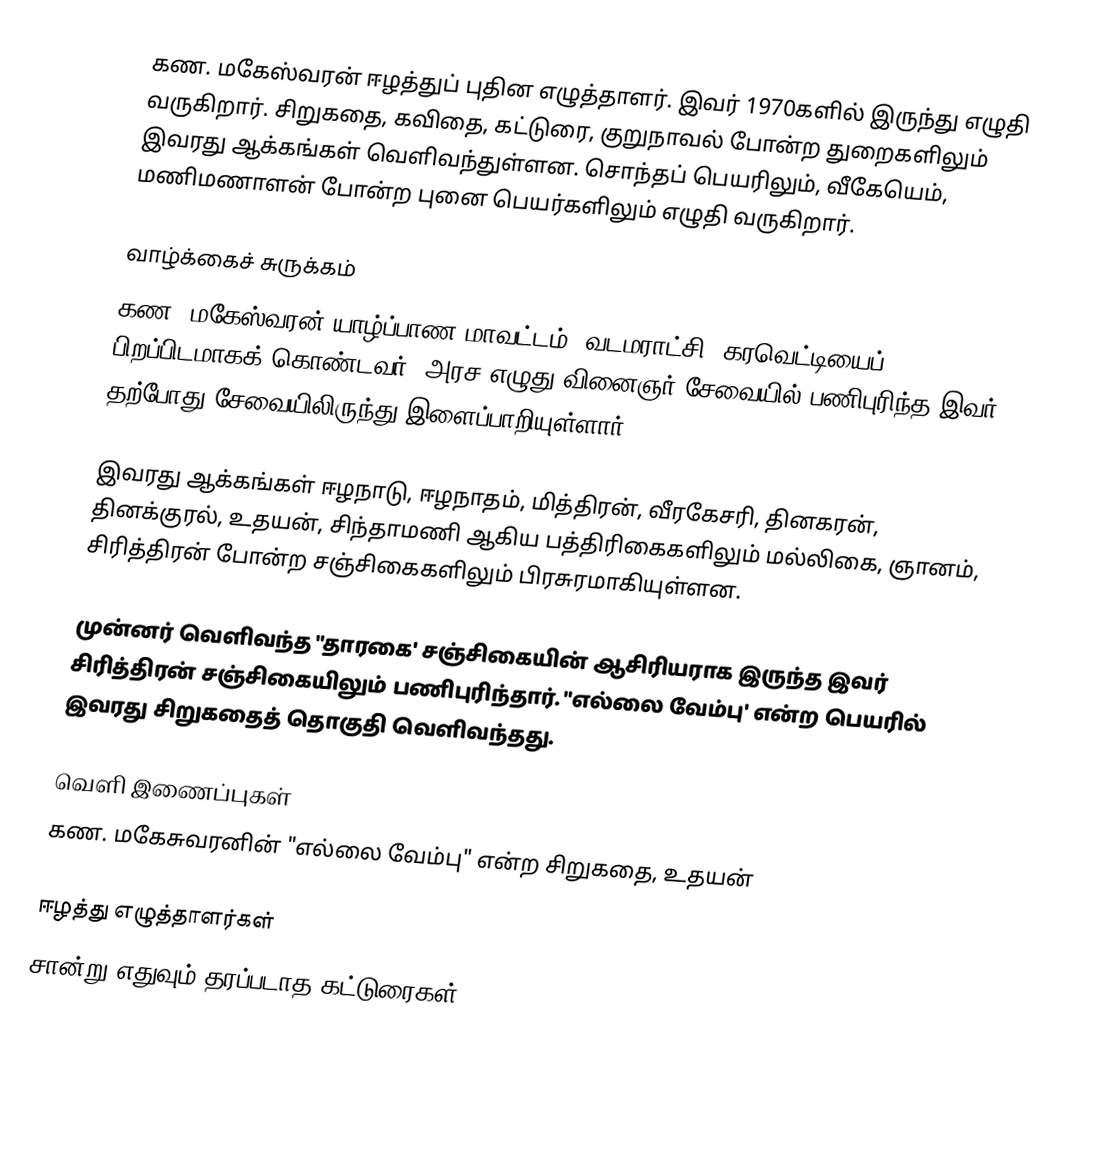
கண. மகேஸ்வரன் ஈழத்துப் புதின எழுத்தாளர். இவர் 1970களில் இருந்து எழுதி வருகிறார். சிறுகதை, கவிதை, கட்டுரை, குறுநாவல் போன்ற துறைகளிலும் இவரது ஆக்கங்கள் வெளிவந்துள்ளன. சொந்தப் பெயரிலும், வீகேயெம், மணிமணாளன் போன்ற புனை பெயர்களிலும் எழுதி வருகிறார்.

வாழ்க்கைச் சுருக்கம்
கண. மகேஸ்வரன் யாழ்ப்பாண மாவட்டம், வடமராட்சி, கரவெட்டியைப் பிறப்பிடமாகக் கொண்டவர். அரச எழுது வினைஞர் சேவையில் பணிபுரிந்த இவர் தற்போது சேவையிலிருந்து இளைப்பாறியுள்ளார்.

இவரது ஆக்கங்கள் ஈழநாடு, ஈழநாதம், மித்திரன், வீரகேசரி, தினகரன், தினக்குரல், உதயன், சிந்தாமணி ஆகிய பத்திரிகைகளிலும் மல்லிகை, ஞானம், சிரித்திரன் போன்ற சஞ்சிகைகளிலும் பிரசுரமாகியுள்ளன.

முன்னர் வெளிவந்த "தாரகை' சஞ்சிகையின் ஆசிரியராக இருந்த இவர் சிரித்திரன் சஞ்சிகையிலும் பணிபுரிந்தார். "எல்லை வேம்பு' என்ற பெயரில் இவரது சிறுகதைத் தொகுதி வெளிவந்தது.

வெளி இணைப்புகள்
கண. மகேசுவரனின் "எல்லை வேம்பு" என்ற சிறுகதை, உதயன்

ஈழத்து எழுத்தாளர்கள்
சான்று எதுவும் தரப்படாத கட்டுரைகள்